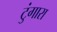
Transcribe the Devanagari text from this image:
टुंगारा